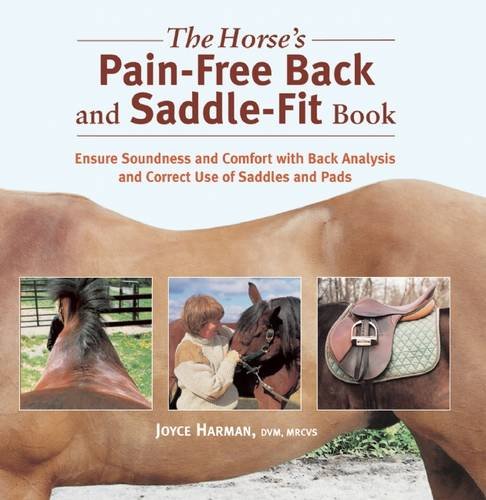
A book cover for The Horse's Pain-Free Back and Saddle-Fit Book; Joyce Harman; Sports & Outdoors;